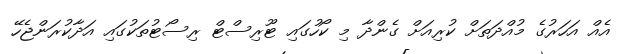
އެއް އަހަރުގެ މުއްދަތަށް ކުރިއަށް ގެންދާ މި ކޯހުގައި ޓޫރިސްޓް ރިސޯޓުތަކުގައި އަދާކުރަންޖެހޭ